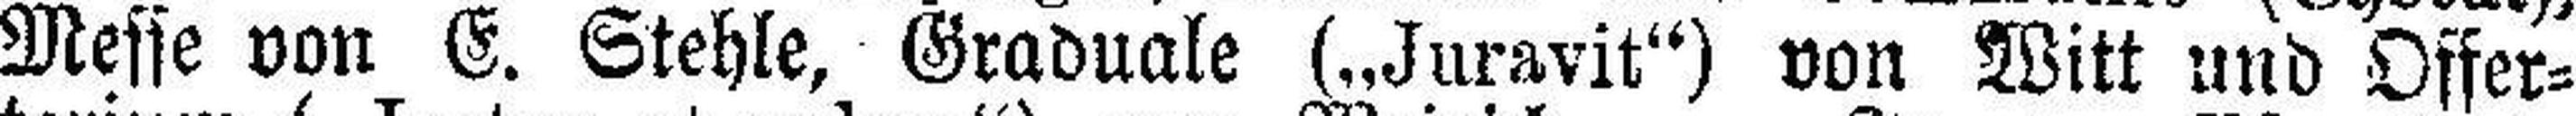
Messe von E. Stehle, Graduale („Juravit“) von Witt und Offer¬